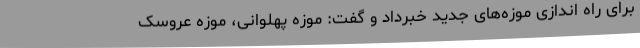
برای راه اندازی موزه‌های جدید خبرداد و گفت: موزه پهلوانی، موزه عروسک